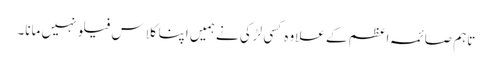
تاہم صائمہ اعظم کے علاوہ کسی لڑکی نے ہمیں اپنا کلاس فیلو نہیں مانا۔